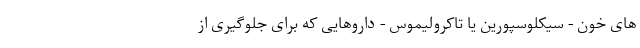
های خون - سیکلوسپورین یا تاکرولیموس - داروهایی که برای جلوگیری از